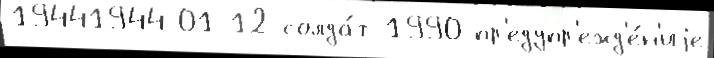
19441944-01-12 солда́т 1990 пр'едупр'ежд'е́н'иjе